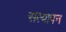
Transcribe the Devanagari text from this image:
सत्‍यापन